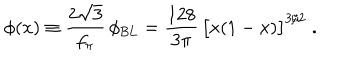
LaTeX: \phi ( x ) \equiv \frac { 2 \sqrt { 3 } } { f _ { \pi } } \, \phi _ { \mathrm { B L } } = \frac { 1 2 8 } { 3 \pi } \, \big [ x ( 1 - x ) \big ] ^ { 3 / 2 } \; .